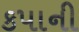
કપાની